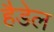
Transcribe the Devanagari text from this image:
हैडेल